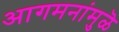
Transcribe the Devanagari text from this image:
आगमनांमुळॆ